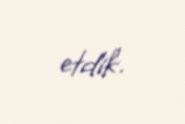
etdik.